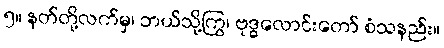
၅။ နတ်တို့လက်မှ၊ ဘယ်သို့ကြွ၊ ဗုဒ္ဓလောင်းတော် စံသနည်း။